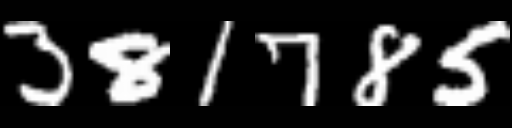
Text: 381785